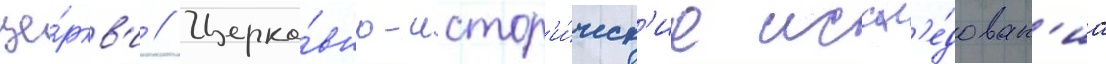
це́ркв'и // Церко́вно-истор'и́ческ'ие иссл'е́дован'иа